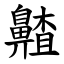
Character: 齄